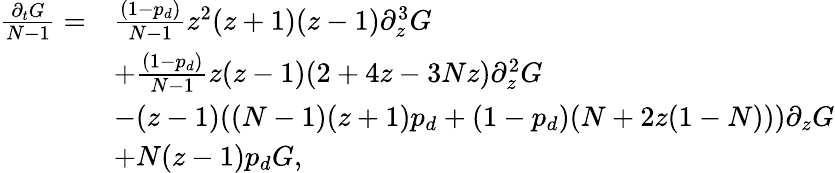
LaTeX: \begin{array}{rl}{\frac{\partial_{t}G}{N-1}=}&{\frac{(1-p_{d})}{N-1}z^{2}(z+1)(z-1)\partial_{z}^{3}G}\\ &{+\frac{(1-p_{d})}{N-1}z(z-1)(2+4z-3Nz)\partial_{z}^{2}G}\\ &{-(z-1)((N-1)(z+1)p_{d}+(1-p_{d})(N+2z(1-N)))\partial_{z}G}\\ &{+N(z-1)p_{d}G,}\end{array}